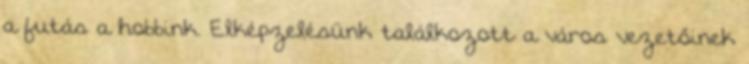
a futás a hobbink. Elképzelésünk találkozott a város vezetőinek